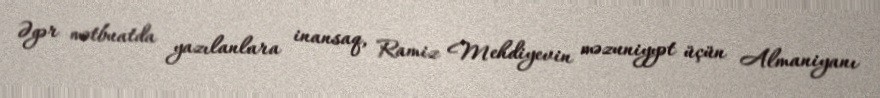
Əgər mətbuatda yazılanlara inansaq, Ramiz Mehdiyevin məzuniyyət üçün Almaniyanı